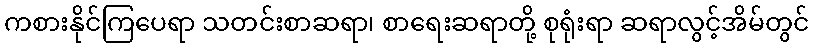
ကစားနိုင်ကြပေရာ သတင်းစာဆရာ၊ စာရေးဆရာတို့ စုရုံးရာ ဆရာလွင့်အိမ်တွင်